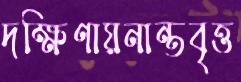
দক্ষিণায়নান্তবৃত্ত